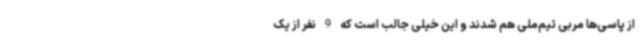
از پاسی‌ها مربی تیم‌ملی هم شدند و این خیلی جالب است که 9 نفر از یک